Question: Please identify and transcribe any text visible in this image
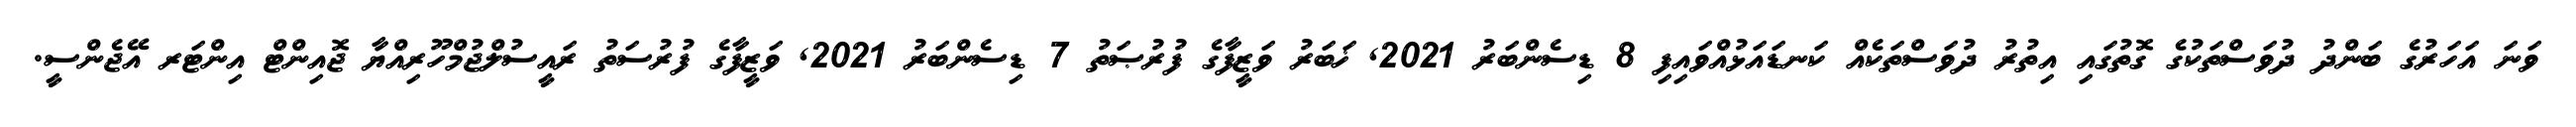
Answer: ވަނަ އަހަރުގެ ބަންދު ދުވަސްތަކުގެ ގޮތުގައި އިތުރު ދުވަސްތަކެއް ކަނޑައަޅުއްވައިފި 8 ޑިސެންބަރު 2021, ޚަބަރު ވަޒީފާގެ ފުރުޞަތު 7 ޑިސެންބަރު 2021, ވަޒީފާގެ ފުރުސަތު ރައީސުލްޖުމްހޫރިއްޔާ ޖޮއިންޓް އިންޓަރ އޭޖެންސީ.